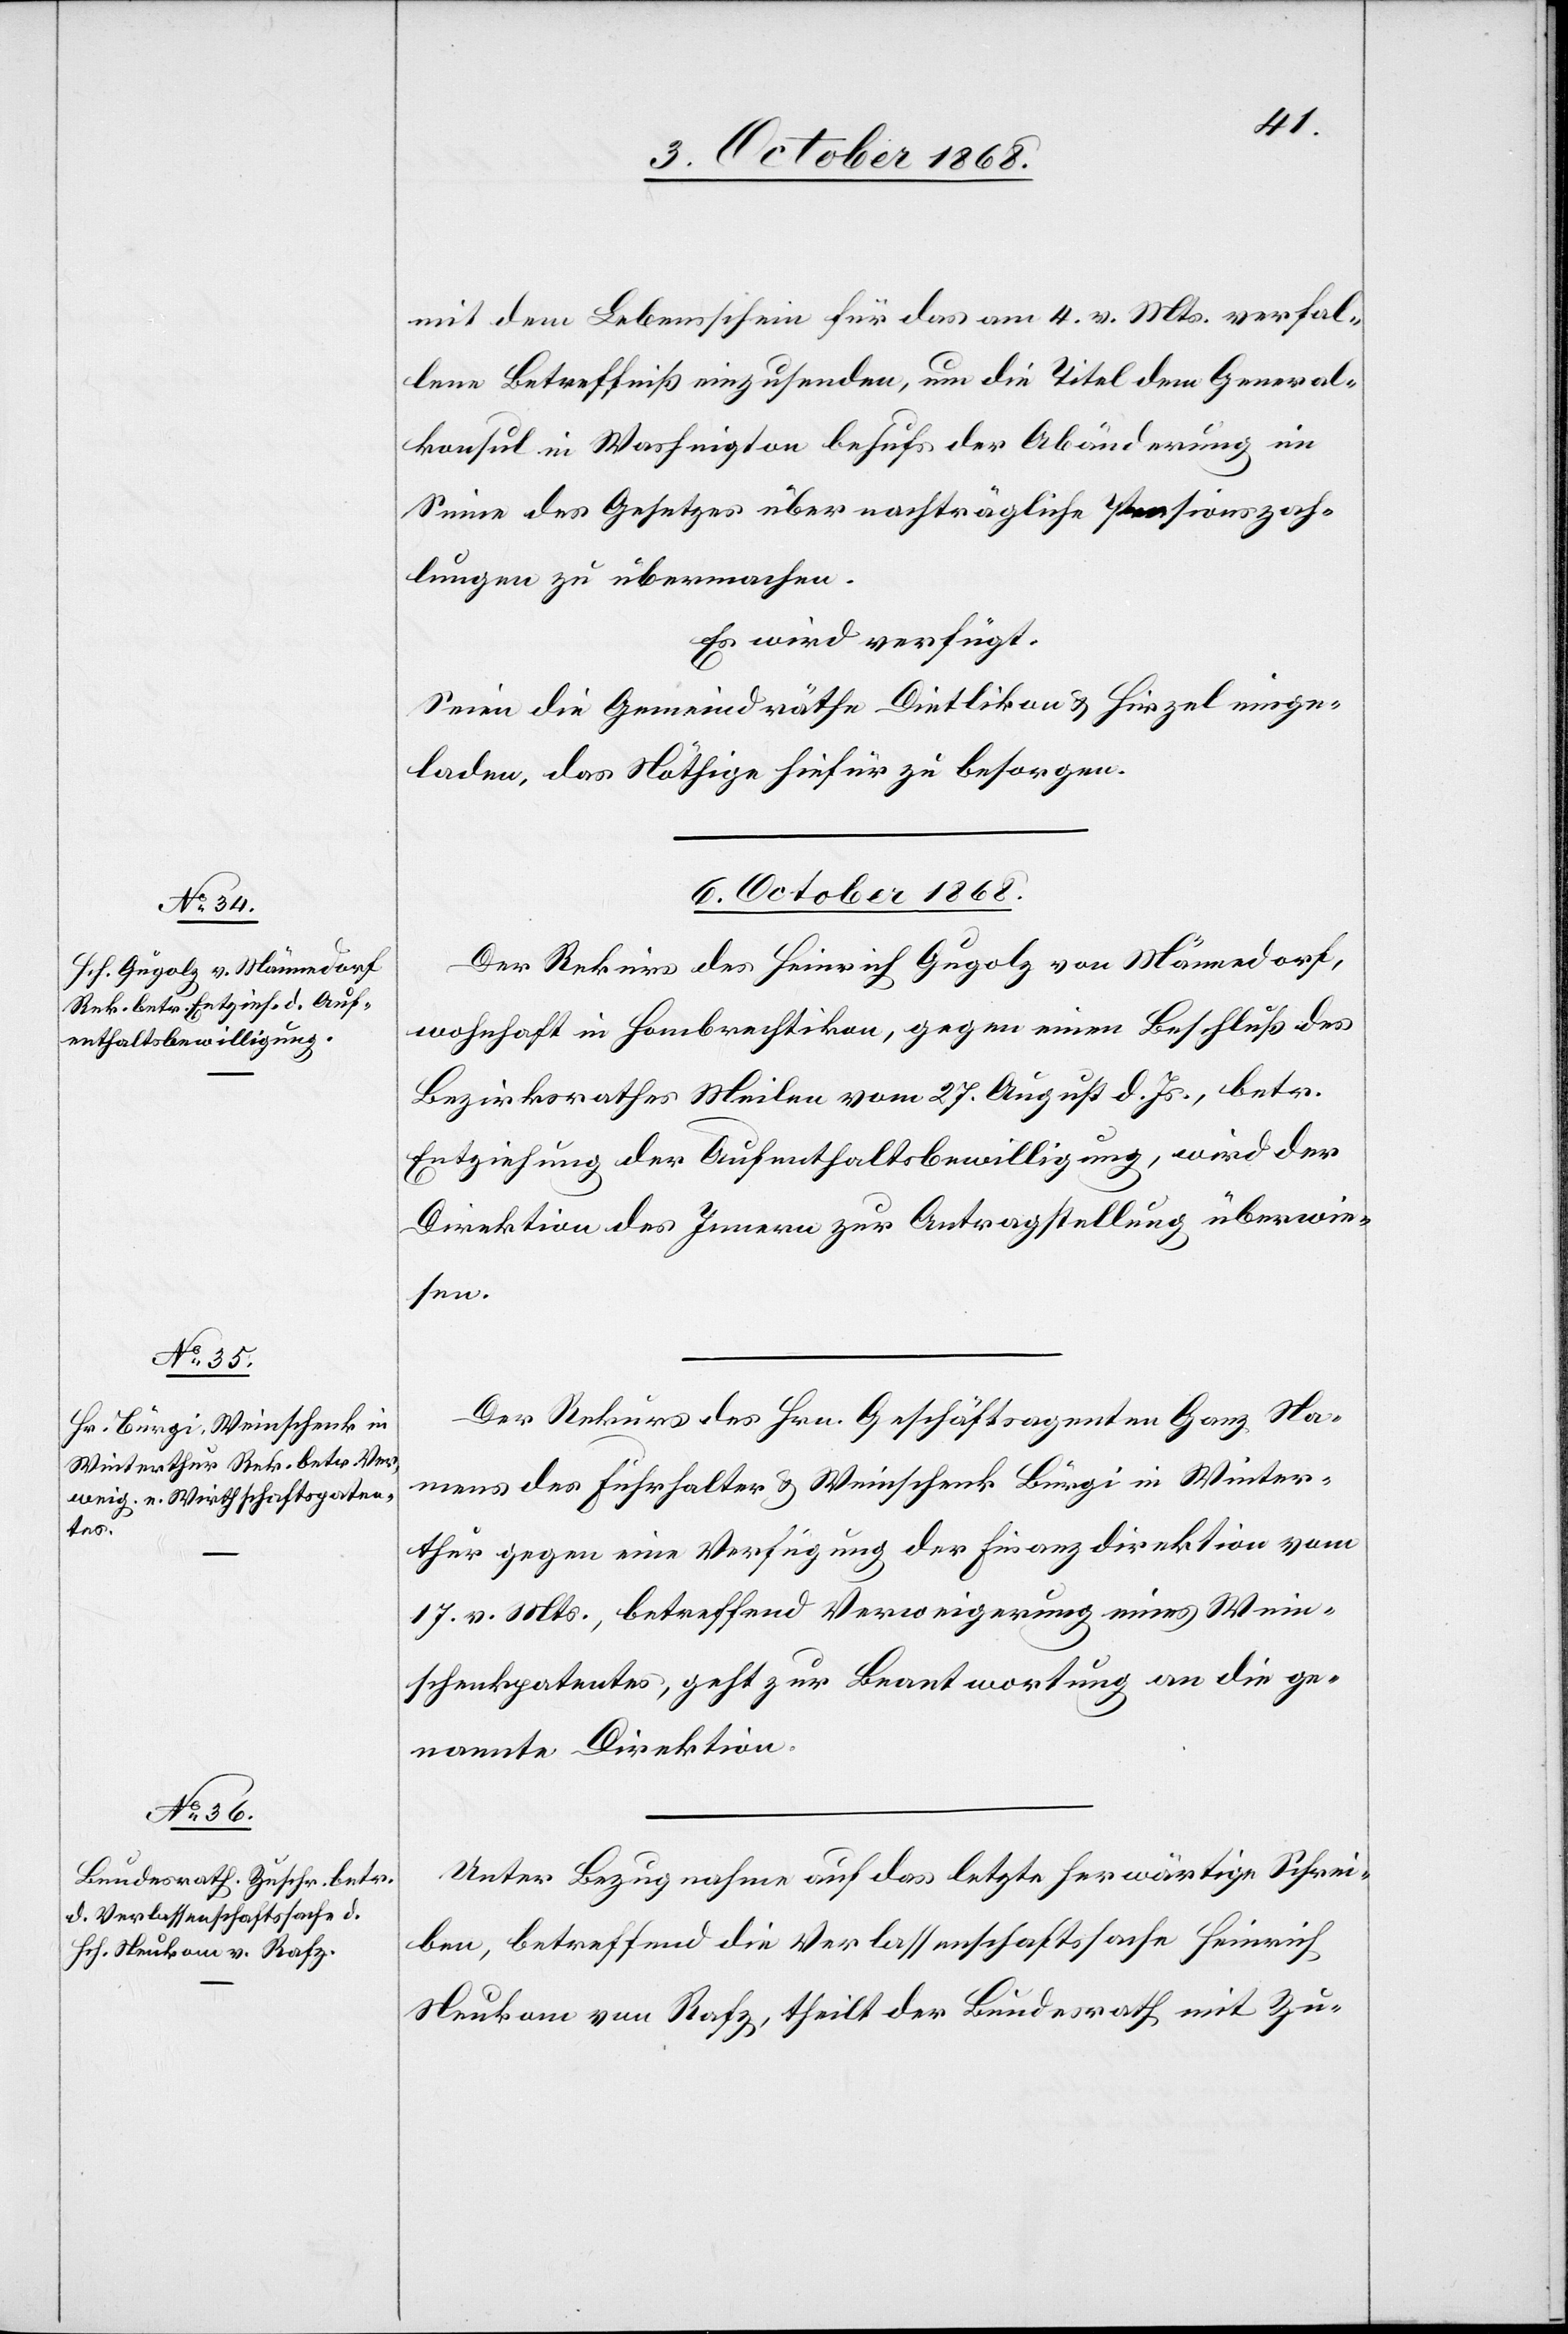
mit dem Lebensschein für das am 4. v. Mts. verfal¬
lene Betreffniß einzusenden, um die Titel dem General¬
konsul in Washington behufs der Abänderung im
Sinne des Gesetzes über nachträgliche Pensionszah¬
lungen zu übermachen.
Es wird verfügt:
Seien die Gemeindräthe Dietlikon & Hirzel einge¬
laden, das Nöthige hiefür zu besorgen.
6. October 1868.]
Der Rekurs des Heinrich Gugolz von Männedorf,
wohnhaft in Hombrechtikon, gegen einen Beschluß des
Bezirksrathes Meilen vom 27. August d. Js., betr.
Entziehung der Aufenthaltsbewilligung, wird der
Direktion des Innern zur Antragstellung überwie¬
sen.
Der Rekurs des Hrn. Geschäftsagenten Ganz Na¬
mens des Fuhrhalter & Weinschenk Bürgi in Winter¬
thur gegen eine Verfügung der Finanzdirektion vom
17. v. Mts., betreffend Verweigerung eines Wein¬
schenkpatentes, geht zur Beantwortung an die ge¬
nannte Direktion.
Unter Bezugnahme auf das letzte herwärtige Schrei¬
ben, betreffend die Verlassenschaftssache Heinrich
Neukom von Rafz, theilt der Bundesrath mit Zu-